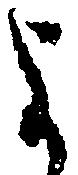
よ